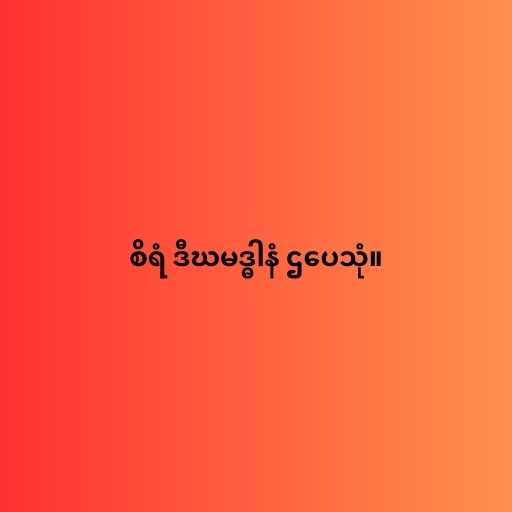
စိရံ ဒီဃမဒ္ဓါနံ ဌပေသုံ။